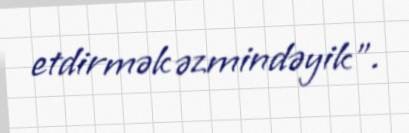
etdirmək əzmindəyik”.